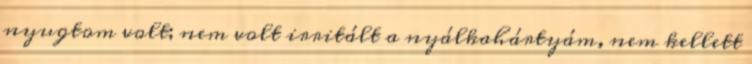
nyugtom volt; nem volt irritált a nyálkahártyám, nem kellett